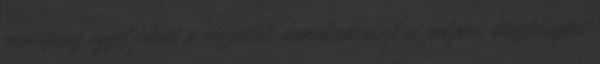
manapság egyet jelent a részvételi demokráciáért és polgári büszkeségért